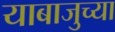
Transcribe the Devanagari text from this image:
याबाजुच्या